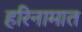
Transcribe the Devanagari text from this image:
हरिनामात